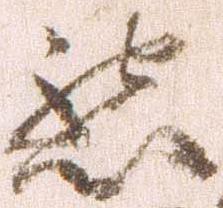
懇